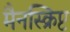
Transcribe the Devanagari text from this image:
मैनस्क्रिप्ट